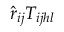
\hat { r } _ { i j } T _ { i j h l }